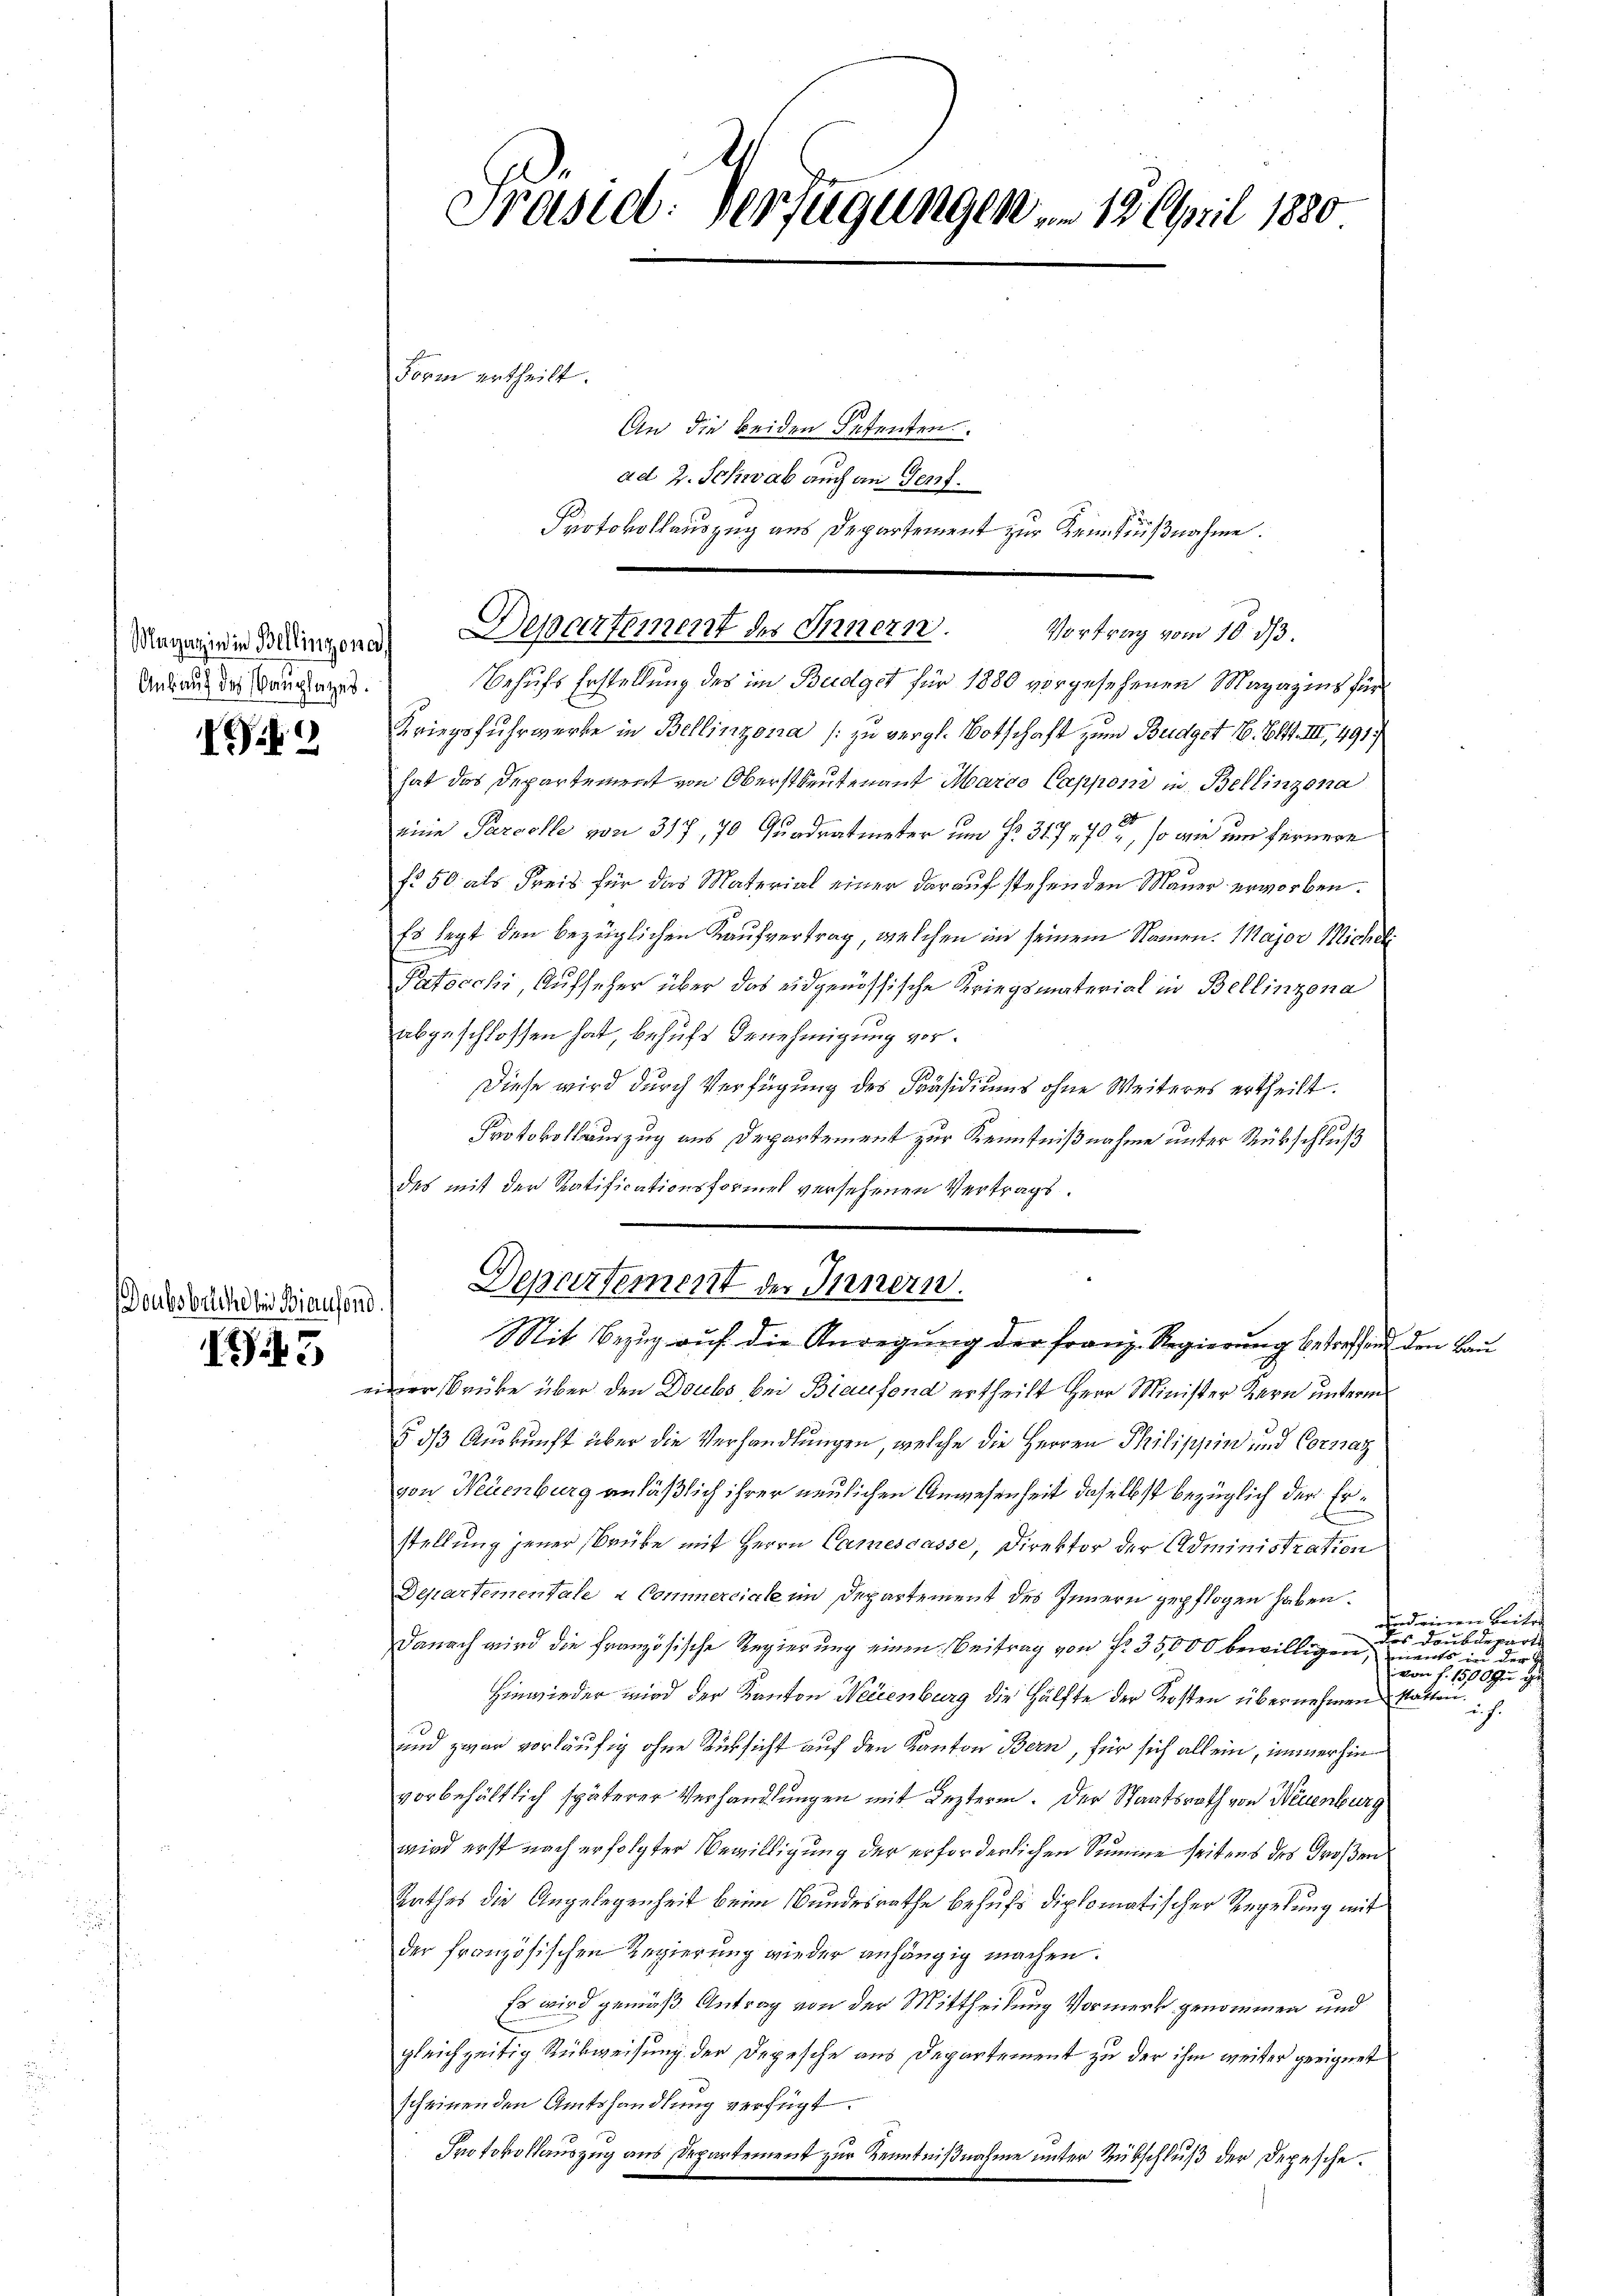
Ankauf des Bauplatzes.

k

Doubsbelche bei Biansond.

I43

Präsid. Verfügungen . . 18. April 180

Form ertheilt.

An die beiden Petenten
ad 2. Schwab auch an Genf.
Protokollauszug aus Departement zur Kenntnißnahme.

i Salingen Departement des Innern. Vortrag vom 10. d.

Behufs Erstellung des im Budget für 1880 vorgesehenen Magazins für
Kriegsfuhrwerke in Bellinzona [zu vergl. Botschaft zum Budget 16. Bett. III, 491)
hat das Departement von Oberstleutenant Marco Capponi in Bellinzona
eine Parcelle von 317, 70 Quadratmeter um No. 31. 770, so wie um fernere
f 50 als Freis für das Material einer darauf stehenden Mauer erworben.
Es legt den bezüglichen Kaufvertrag, welchen in seinem Namen. Major Michel
Patocchi, Aufseher über das eidgenössische Kriegsmaterial in Bellinzona
abgeschlossen hat, behufs Genehmigung vor.
Diese wird durch Verfügung des Präsidiums ohne Weiteres ertheilt.
Protokollauszug aus Departement zur Kenntnißnahme unter Rückschluß
des mit der Ratificationsformes versehenen Vertrags¬

Departement der Innern.
Mit Bezug auf die Anregung der franz-Regierung betreffend den Bau

einer Brücke über den Doubs bei Braufend ertheilt Herr Minister Kern unterm
 ds Auskunft über die Verhandlungen, welche die Herren Philippin und Cornaz
von Neuenburg anläßlich ihrer neulichen Anwesenheit daselbst bezüglich der Erstellung jener (Brüke mit Herrn Camescasse, Direktor der Administration
Departementale a Commerciale im Departement des Innern gepflogen haben.
danach wird die Französische Regierung einen Beitrag von Fr. 35,000 bewilligen,
Hinwieder wird der Kanton Weisenburg die Hälfte der Kosten übernehmen statten.
und zwar vorläufig ohne Rücksicht auf den Kanton Bern, für sich allein, immerhin
vorbehältlich späterer Verhandlungen mit Lezteren. Der Staatsrath von Neuenburg
wird erst nach erfolgter Bewilligung der erforderlichen Summe seitens des Großen
Rathes die Angelegenheit beim Bundesrathe behufs diplomatischer Regelung mit
der französischen Regierung wieder anhängig machen.
Es wird gemäß Antrag von der Mittheilung Vormerk genommen und
gleichzeitig Rückweisung der Depesche aus Departement zu der ihm weiter geeignet
scheinenden Amtshandlung verfügt:
Protokollauszug aus Departement zur Kenntnißnahme unter Rübschluß der Depesche.

und einen Beitr
des Doubdepart.
Coits in der
von f. 1890 in de
ich.